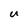
Character: U